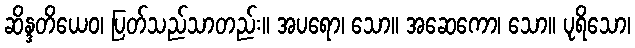
ဆိန္ဒတိယေဝ၊ ပြတ်သည်သာတည်း။ အပရော၊ သော။ အဆေကော၊ သော။ ပုရိသော၊